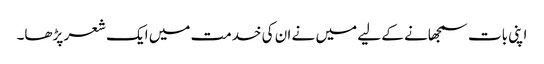
اپنی بات سمجھانے کے لیے میں نے ان کی خدمت میں ایک شعر پڑھا۔